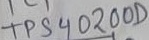
Text: TPS40200D